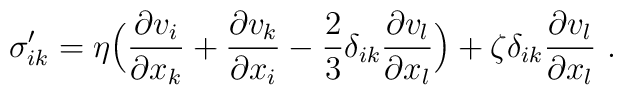
\sigma'_{ik}=\eta\Bigl({\partial v_i \over \partial x_k}+{\partial v_k \over \partial x_i}-{2 \over 3}\delta_{ik}{\partial v_l \over \partial x_l}\Bigr)+\zeta\delta_{ik}{\partial v_l \over \partial x_l}\ .